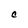
Character: C